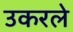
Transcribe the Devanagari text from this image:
उकरले